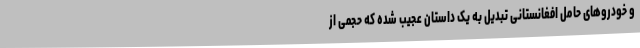
و خودروهای حامل افغانستانی تبدیل به یک داستان عجیب شده که حجمی از